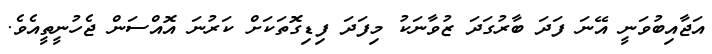
އަޖާއިބުވަނީ އޭނަ ފަދަ ބާރުގަދަ ޒުވާނަކު މިފަދަ ފިޑިގޮތަކަށް ކަރުނަ އޮއްސަން ޖެހުނީތީއެވެ.